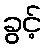
ခွင့်